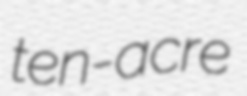
ten-acre